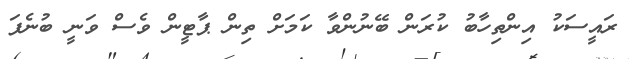
ރައީސަކު އިންތިހާބު ކުރަން ބޭނުންވާ ކަމަށް ތިން ޕާޓީން ވެސް ވަނީ ބުނެފަ